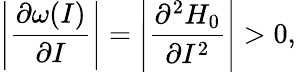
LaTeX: \left\lvert\frac{\partial\omega(I)}{\partial I}\right\lvert=\left\lvert\frac{\partial^{2}H_{0}}{\partial I^{2}}\right\lvert>0,